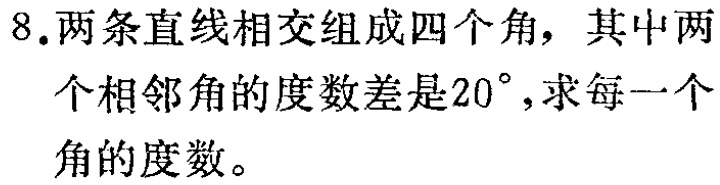
8.两条直线相交组成四个角，其中两个相邻角的度数差是\(20^{\circ}\)，求每一个角的度数。